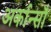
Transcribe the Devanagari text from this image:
अर्कान्साँ